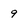
Character: 9